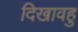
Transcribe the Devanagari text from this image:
दिखावहु